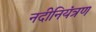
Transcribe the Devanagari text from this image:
नदीनियंत्रण